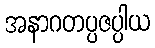
အနာဂတပ္ပဇပ္ပါယ